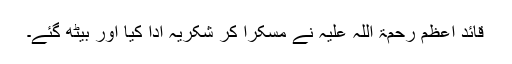
قائدِ اعظم رحمۃ اللہ علیہ نے مسکرا کر شکریہ ادا کیا اور بیٹھ گئے۔